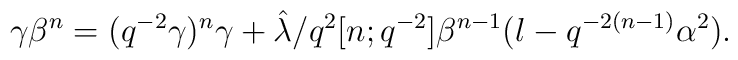
\gamma \beta^{n} = (q^{-2} \gamma)^{n} \gamma + \hat{\lambda}/q^{2} [n;q^{-2}]\beta^{n-1} (l-q^{-2(n-1)} \alpha^{2}).